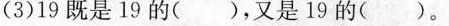
(3)19既是19的( )，又是19的( )。